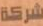
شركة